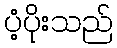
ပံ့ပိုးသည်